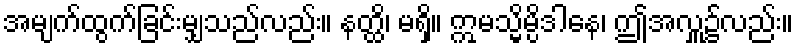
အမျက်ထွက်ခြင်းမျှသည်လည်း။ နတ္ထိ၊ မရှိ။ ဣမသ္မိမ္ပိဒါနေ၊ ဤအလှူ၌လည်း။